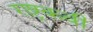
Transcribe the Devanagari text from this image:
राष्ट्रकवी